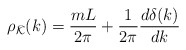
\begin{align*}\rho_{\bar{{\cal K}}}(k)=\frac{mL}{2\pi}+\frac{1}{2\pi} \frac{d\delta(k)}{d k}\end{align*}